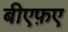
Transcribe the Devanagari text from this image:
बीएफ़ए